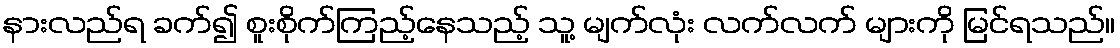
နားလည်ရ ခက်၍ စူးစိုက်ကြည့်နေသည့် သူ့ မျက်လုံး လက်လက် များကို မြင်ရသည်။